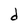
Character: d